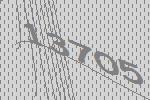
13705